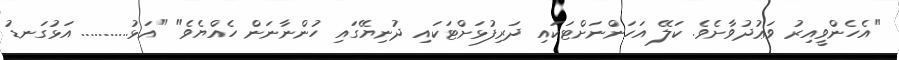
"އެހެންވީއިރު ވަޢުދުވާށެވެ. ކަލޭ އަހަންނަށްޓަކައި ދަރިފުޅަށްޓަކައި ދުނިޔޭގައި ހުންނާނަން ހެއްޔެވެ" "އަޅު........... އަޅުގަނޑު